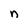
Character: n